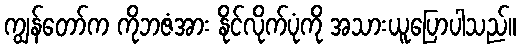
ကျွန်တော်က ကိုဘဇံအား နိုင်လိုက်ပုံကို အသားယူပြောပါသည်။